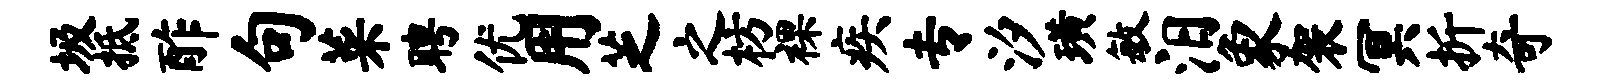
圾抵酢句菜聘优用芝之枋裸疾专汐璜敏汨象袈冥折奇